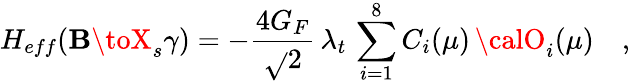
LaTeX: H_{eff}(\mathbf{B}\toX_{s}\gamma)=-\frac{{4G_{F}}}{{\sqrt{}{{2}}}}\, \lambda_{t}\, \sum_{i=1}^{8}C_{i}(\mu)\, {\calO}_{i}(\mu)\quad,